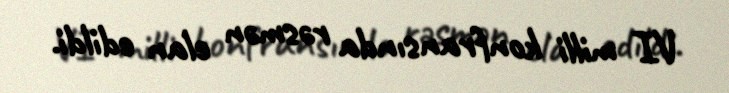
VI milli konfransında rəsmən elan edildi.